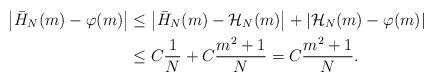
LaTeX: \begin{align*} \left| \bar{H}_N(m) - \varphi(m) \right| & \leq \left| \bar{H}_N (m) - \mathcal{H}_N (m) \right| + \left| \mathcal{H}_N (m) - \varphi (m)\right| \\ & \leq C \frac{1}{N} + C \frac{m^2 + 1}{N} = C \frac{m^2 +1}{N}.\end{align*}